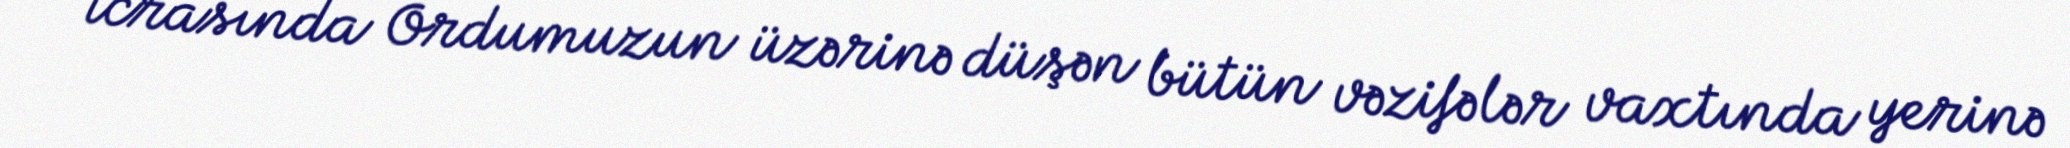
icrasında Ordumuzun üzərinə düşən bütün vəzifələr vaxtında yerinə